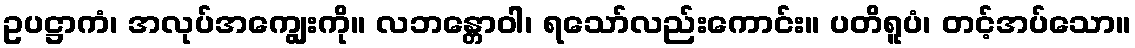
ဥပဋ္ဌာကံ၊ အလုပ်အကျွေးကို။ လဘန္တောဝါ၊ ရသော်လည်းကောင်း။ ပတိရူပံ၊ တင့်အပ်သော။